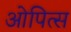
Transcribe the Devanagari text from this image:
ओपित्स